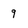
Character: 9